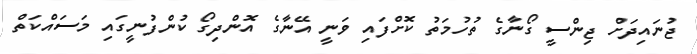
ޖުނައިދަށް ޖިންސީ ގޯނާގެ ތުހުމަތު ކޮަށްފައި ވަނީ އޭނާގެ އޮންދިގޯ ކުންފުނީގައި މަސައްކަތް